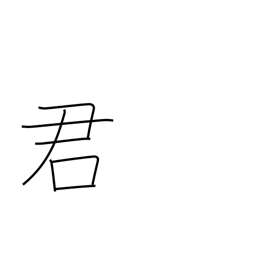
Meaning: male name suffix